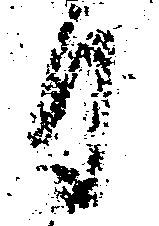
月